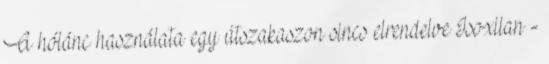
A hólánc használata egy útszakaszon sincs elrendelve Isoxilan -